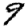
Digit: 9